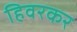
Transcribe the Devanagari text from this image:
हिवरकर